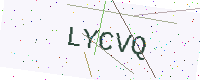
Text: LYCVQ